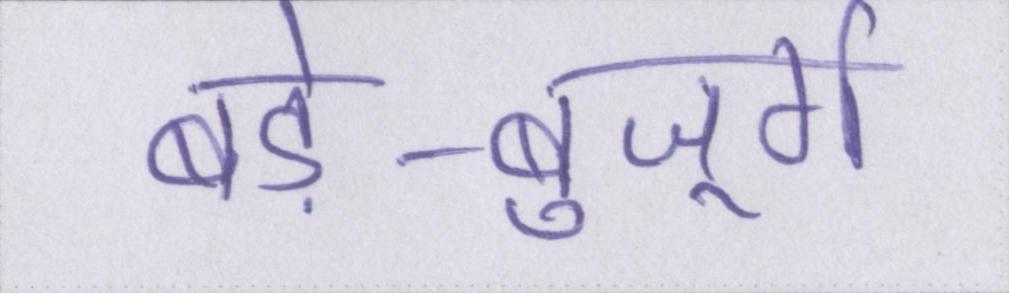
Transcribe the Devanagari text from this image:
बड़े-बुजूर्ग